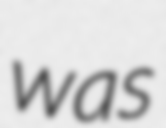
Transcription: was